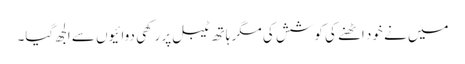
میں نے خود اٹھنے کی کوشش کی مگر ہاتھ ٹیبل پر رکھی دوائیوں سے الجھ گیا۔